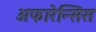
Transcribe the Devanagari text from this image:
अफारेन्सिस